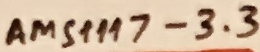
Text: AMS1117-3.3